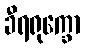
ခီရရုက္ခော